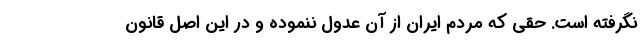
نگرفته است. حقی که مردم ایران از آن عدول ننموده و در این اصل قانون